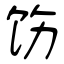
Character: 饬